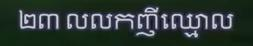
២៣ លលកញីឈ្មោល